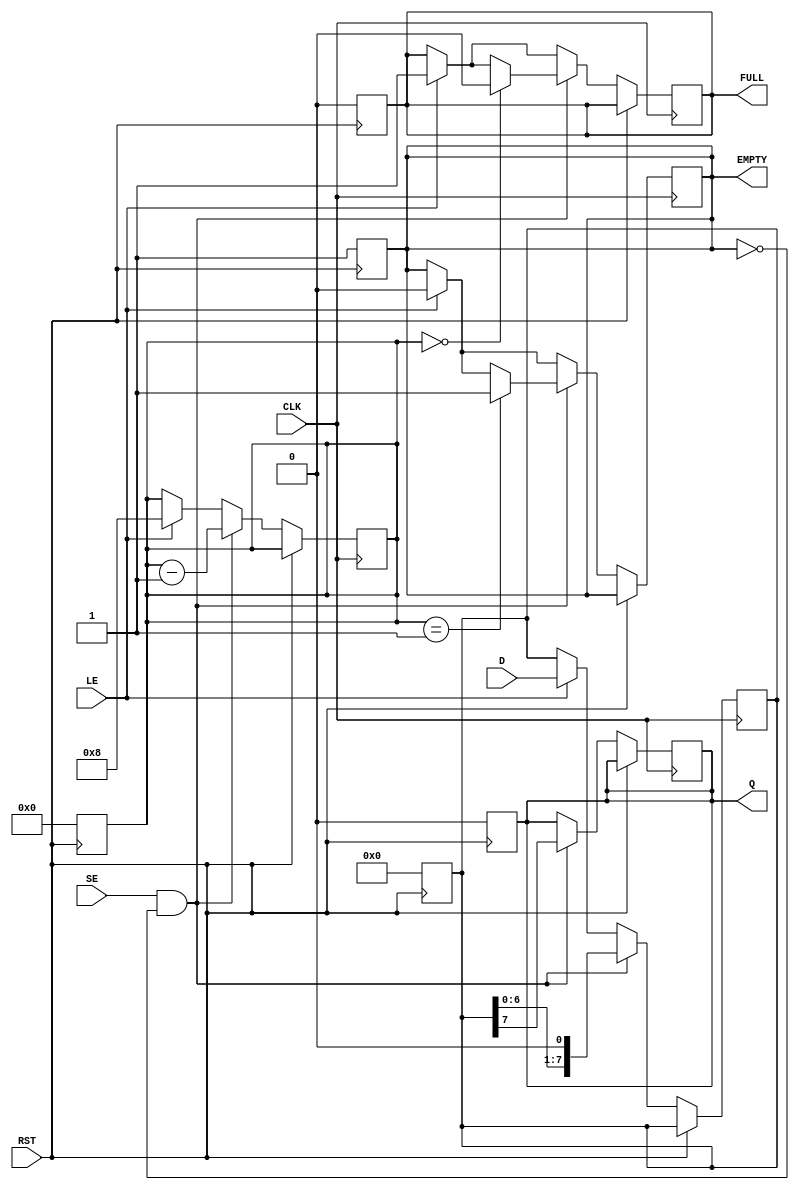
module PISO_Register #(
    parameter N = 8 // Configurable bit width
)(
    input  wire [N-1:0] D,    // Parallel Data Input
    input  wire LE,           // Load Enable
    input  wire SE,           // Shift Enable
    input  wire CLK,          // Clock
    input  wire RST,          // Reset
    output reg  Q,            // Serial Output
    output reg  FULL,         // Full Flag
    output reg  EMPTY         // Empty Flag
);

    reg [N-1:0] shift_reg;     // Shift register to hold the data
    reg [3:0] count;           // Counter to track the number of bits shifted out

    // Asynchronous Reset
    always @(posedge RST) begin
        shift_reg <= {N{1'b0}}; // Clear the register
        Q <= 1'b0;              // Clear the serial output
        FULL <= 1'b0;          // Clear the FULL flag
        EMPTY <= 1'b1;         // Set the EMPTY flag
        count <= 0;            // Reset the counter
    end

    // Main operation
    always @(posedge CLK) begin
        if (RST) begin
            // Reset state handled above
        end else begin
            // Load Data
            if (LE) begin
                shift_reg <= D; // Load parallel data into the shift register
                FULL <= 1'b1;   // Set FULL flag
                EMPTY <= 1'b0;  // Clear EMPTY flag
                count <= N;     // Set count to number of bits
            end
            
            // Shift Data
            if (SE && !EMPTY) begin
                Q <= shift_reg[N-1]; // Shift out the MSB
                shift_reg <= {shift_reg[N-2:0], 1'b0}; // Shift left, fill LSB with 0
                count <= count - 1; // Decrement the count
                
                // Update FULL and EMPTY flags
                if (count == 1) begin
                    EMPTY <= 1'b1; // Set EMPTY flag when no bits left
                end
                if (count == 0) begin
                    FULL <= 1'b0; // Clear FULL flag when empty
                end
            end
        end
    end

endmodule